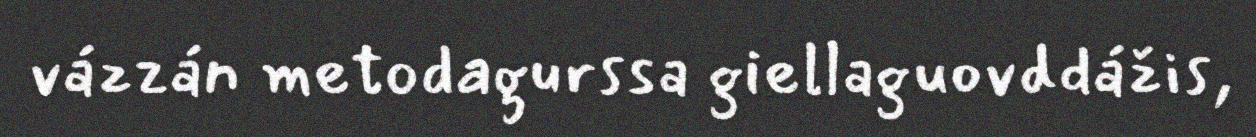
vázzán metodagurssa giellaguovddážis,